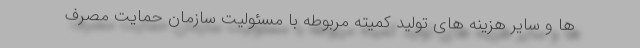
ها و سایر هزینه های تولید کمیته مربوطه با مسئولیت سازمان حمایت مصرف